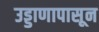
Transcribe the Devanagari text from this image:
उड्डाणापासून